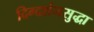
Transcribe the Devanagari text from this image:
दिग्दर्शनसुद्धा